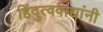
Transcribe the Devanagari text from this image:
हिंदुत्ववाद्यांनी